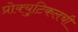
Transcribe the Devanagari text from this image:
प्रोक्युटिकलची